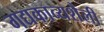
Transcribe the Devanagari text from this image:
गद्यकाव्यशैली